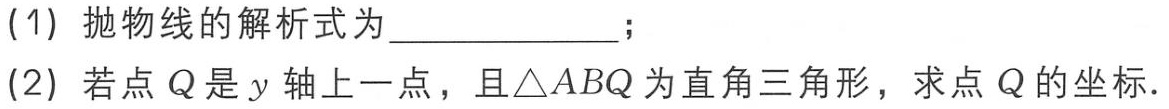
(1) 抛物线的解析式为  ；
(2) 若点 \(Q\) 是 \(y\) 轴上一点，且\(\triangle ABQ\)为直角三角形，求点 \(Q\) 的坐标.